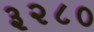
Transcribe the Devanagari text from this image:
३२८०